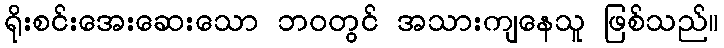
ရိုးစင်းအေးဆေးသော ဘဝတွင် အသားကျနေသူ ဖြစ်သည်။